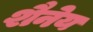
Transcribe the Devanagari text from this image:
शैनेय